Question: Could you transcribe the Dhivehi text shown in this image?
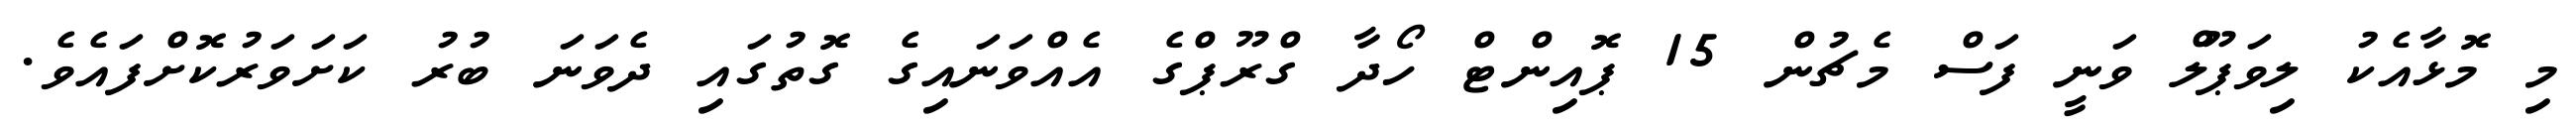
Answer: މި މޮޅާއެކު ލިވަޕޫލް ވަނީ ފަސް މެޗުން 15 ޕޮއިންޓް ހޯދާ ގްރޫޕްގެ އެއްވަނައިގެ ގޮތުގައި ދެވަނަ ބުރު ކަށަވަރުކޮށްފައެވެ.